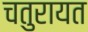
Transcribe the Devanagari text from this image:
चतुरायत